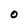
Character: O